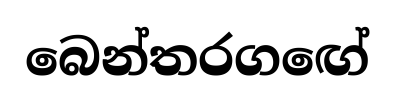
බෙන්තරගඟේ